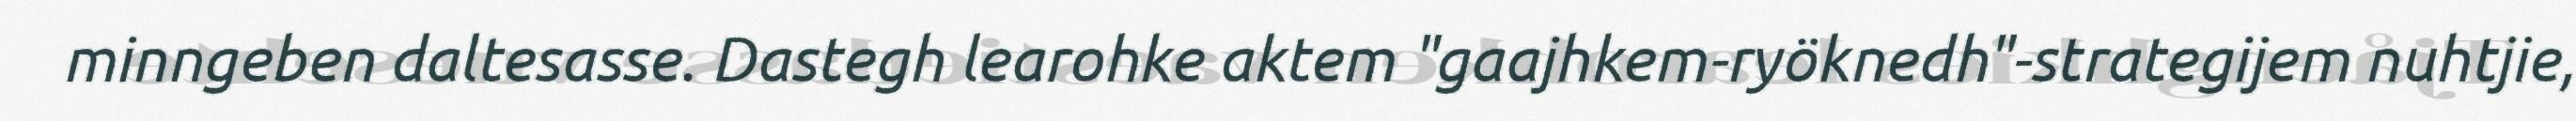
minngeben daltesasse. Dastegh learohke aktem "gaajhkem-ryöknedh"-strategijem nuhtjie,